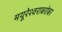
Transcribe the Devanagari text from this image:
मयूरेश्वराबरोबर